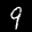
Label: 9